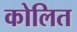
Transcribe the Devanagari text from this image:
कोलित